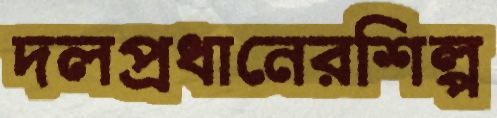
দলপ্রধানেরশিল্প